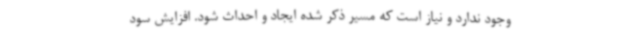
وجود ندارد و نیاز است که مسیر ذکر شده ایجاد و احداث شود. افزایش سود